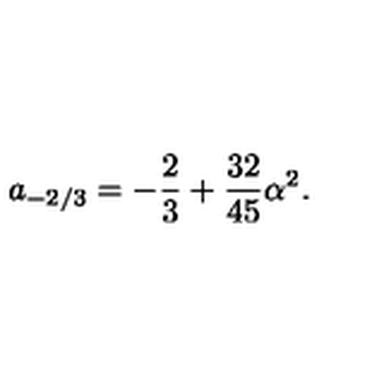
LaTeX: a _ { - 2 / 3 } = - \frac { 2 } { 3 } + \frac { 3 2 } { 4 5 } \alpha ^ { 2 } .